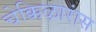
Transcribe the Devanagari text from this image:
चेक्किऴारांस